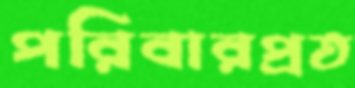
পরিবারপ্রত